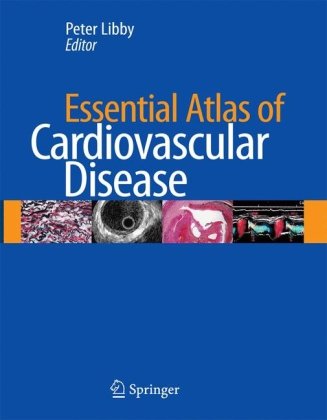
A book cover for Essential Atlas of Cardiovascular Disease; Medical Books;